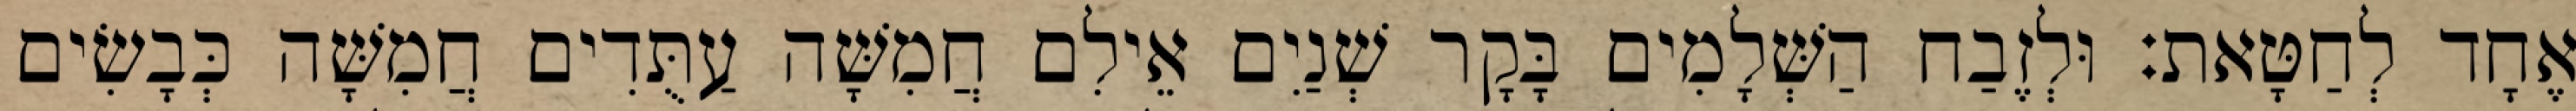
אֶחָד לְחַטָּאת׃ וּלְזֶבַח הַשְּׁלָמִים בָּקָר שְׁנַיִם אֵילִם חֲמִשָּׁה עַתֻּדִים חֲמִשָּׁה כְּבָשִׂים